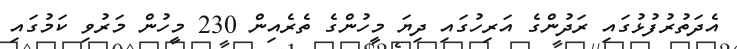
އެދަތުރުފުޅުގައި ރަދުންގެ އަރިހުގައި ދިޔަ މީހުންގެ ތެރެއިން 230 މީހުން މަރުވި ކަމުގައި